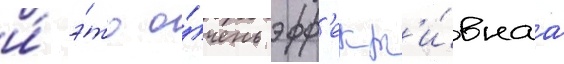
и́ э́то о́чень эфф'ект'и́внаа